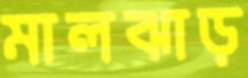
মালঝাড়